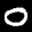
Label: 0